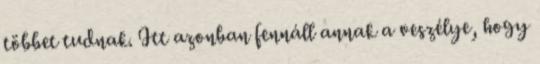
többet tudnak. Itt azonban fennáll annak a veszélye, hogy